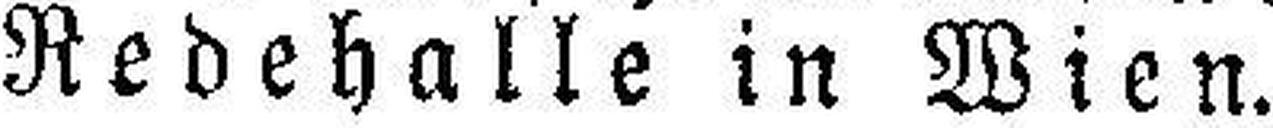
Redehalle in Wien.